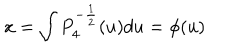
x = \int P _ { 4 } ^ { - \frac { 1 } { 2 } } ( u ) d u = \phi ( u )